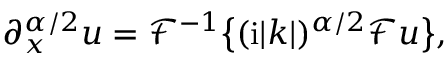
\partial _ { x } ^ { \alpha / 2 } u = \mathcal { F } ^ { - 1 } \big \{ ( \mathrm { i } | k | ) ^ { \alpha / 2 } \mathcal { F } u \big \} ,